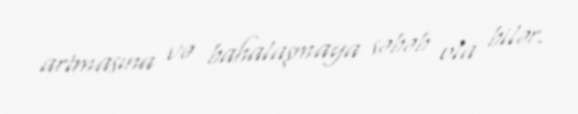
artmasına və bahalaşmaya səbəb ola bilər.